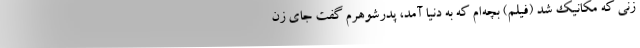
زنی که مکانیک شد (فیلم) بچه‌ام که به دنیا آمد، پدرشوهرم گفت جای زن